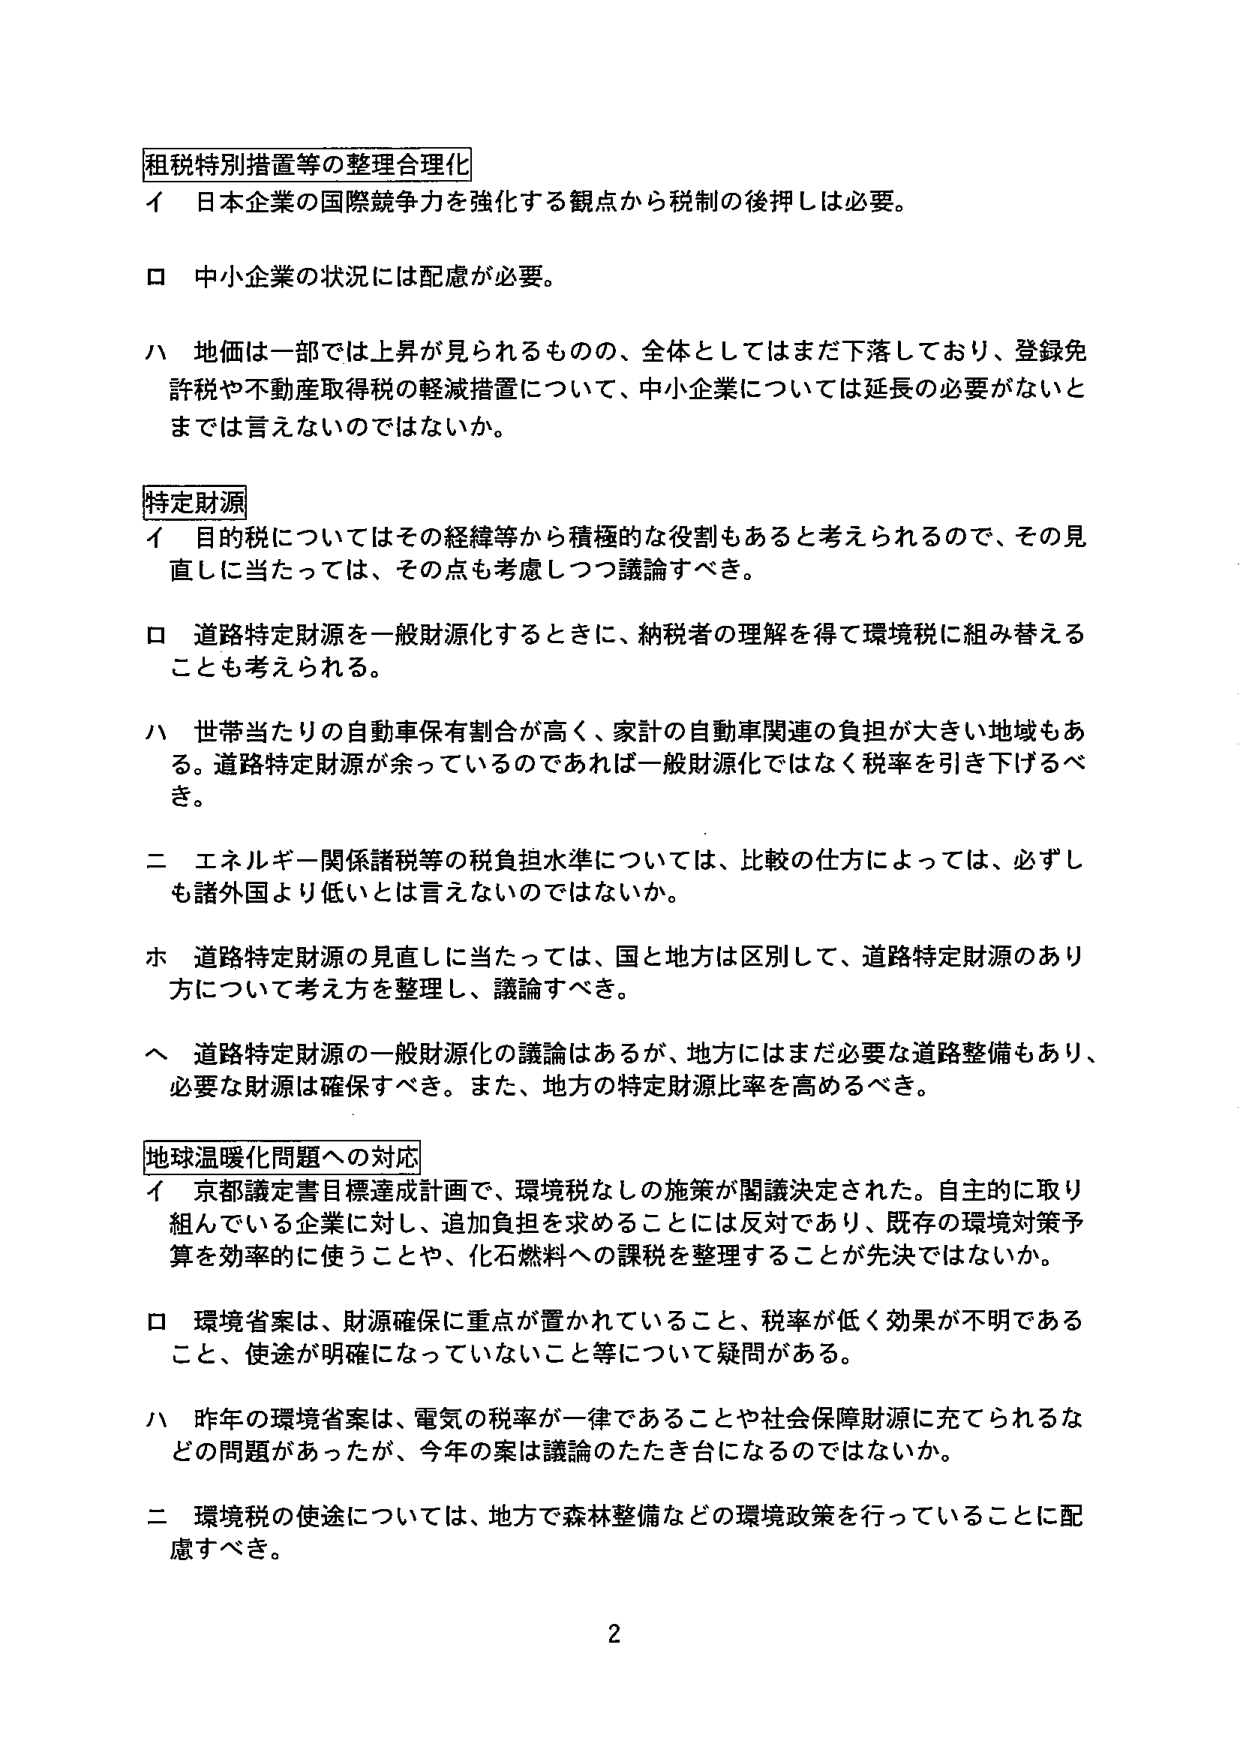
租税特別措置等の整理合理化
イ 日本企業の国際競争力を強化する観点から税制の後押しは必要。
ロ 中小企業の状況には配慮が必要。
ハ 地価は一部では上昇が見られるものの、全体としてはまだ下落しており、登録免許税や不動産取得税の軽減措置について、中小企業については延長の必要がないとまでは言えないのではないか。

特定財源
イ 目的税についてはその経緯等から積極的な役割もあると考えられるので、その見直しに当たっては、その点も考慮しつつ議論すべき。
ロ 道路特定財源を一般財源化するときに、納税者の理解を得て環境税に組み替えることも考えられる。
ハ 世帯当たりの自動車保有割合が高く、家計の自動車関連の負担が大きい地域もある。道路特定財源が余っているのであれば一般財源化ではなく税率を引き下げるべき。
二 エネルギー関係諸税等の税負担水準については、比較の仕方によっては、必ずしも諸外国より低いとは言えないのではないか。
ホ 道路特定財源の見直しに当たっては、国と地方は区別して、道路特定財源のあり方について考え方を整理し、議論すべき。
ヘ 道路特定財源の一般財源化の議論はあるが、地方にはまだ必要な道路整備もあり、必要な財源は確保すべき。また、地方の特定財源比率を高めるべき。

地球温暖化問題への対応
イ 京都議定書目標達成計画で、環境税なしの施策が閣議決定された。自主的に取り組んでいる企業に対し、追加負担を求めることには反対であり、既存の環境対策予算を効率的に使うことや、化石燃料への課税を整理することが先決ではないか。
ロ 環境省案は、財源確保に重点が置かれていること、税率が低く効果が不明であること、使途が明確になっていないこと等について疑問がある。
ハ 昨年の環境省案は、電気の税率が一律であることや社会保障財源に充てられるなどの問題があったが、今年の案は議論のたたき台になるのではないか。
二 環境税の使途については、地方で森林整備などの環境政策を行っていることに配慮すべき。

2